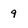
Character: 9